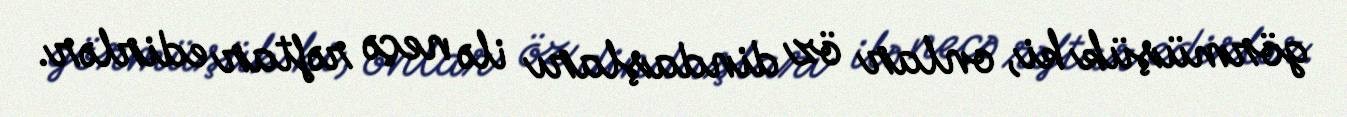
görmüşük ki, onlar öz dindaşları ilə neçə rəftar edirlər.